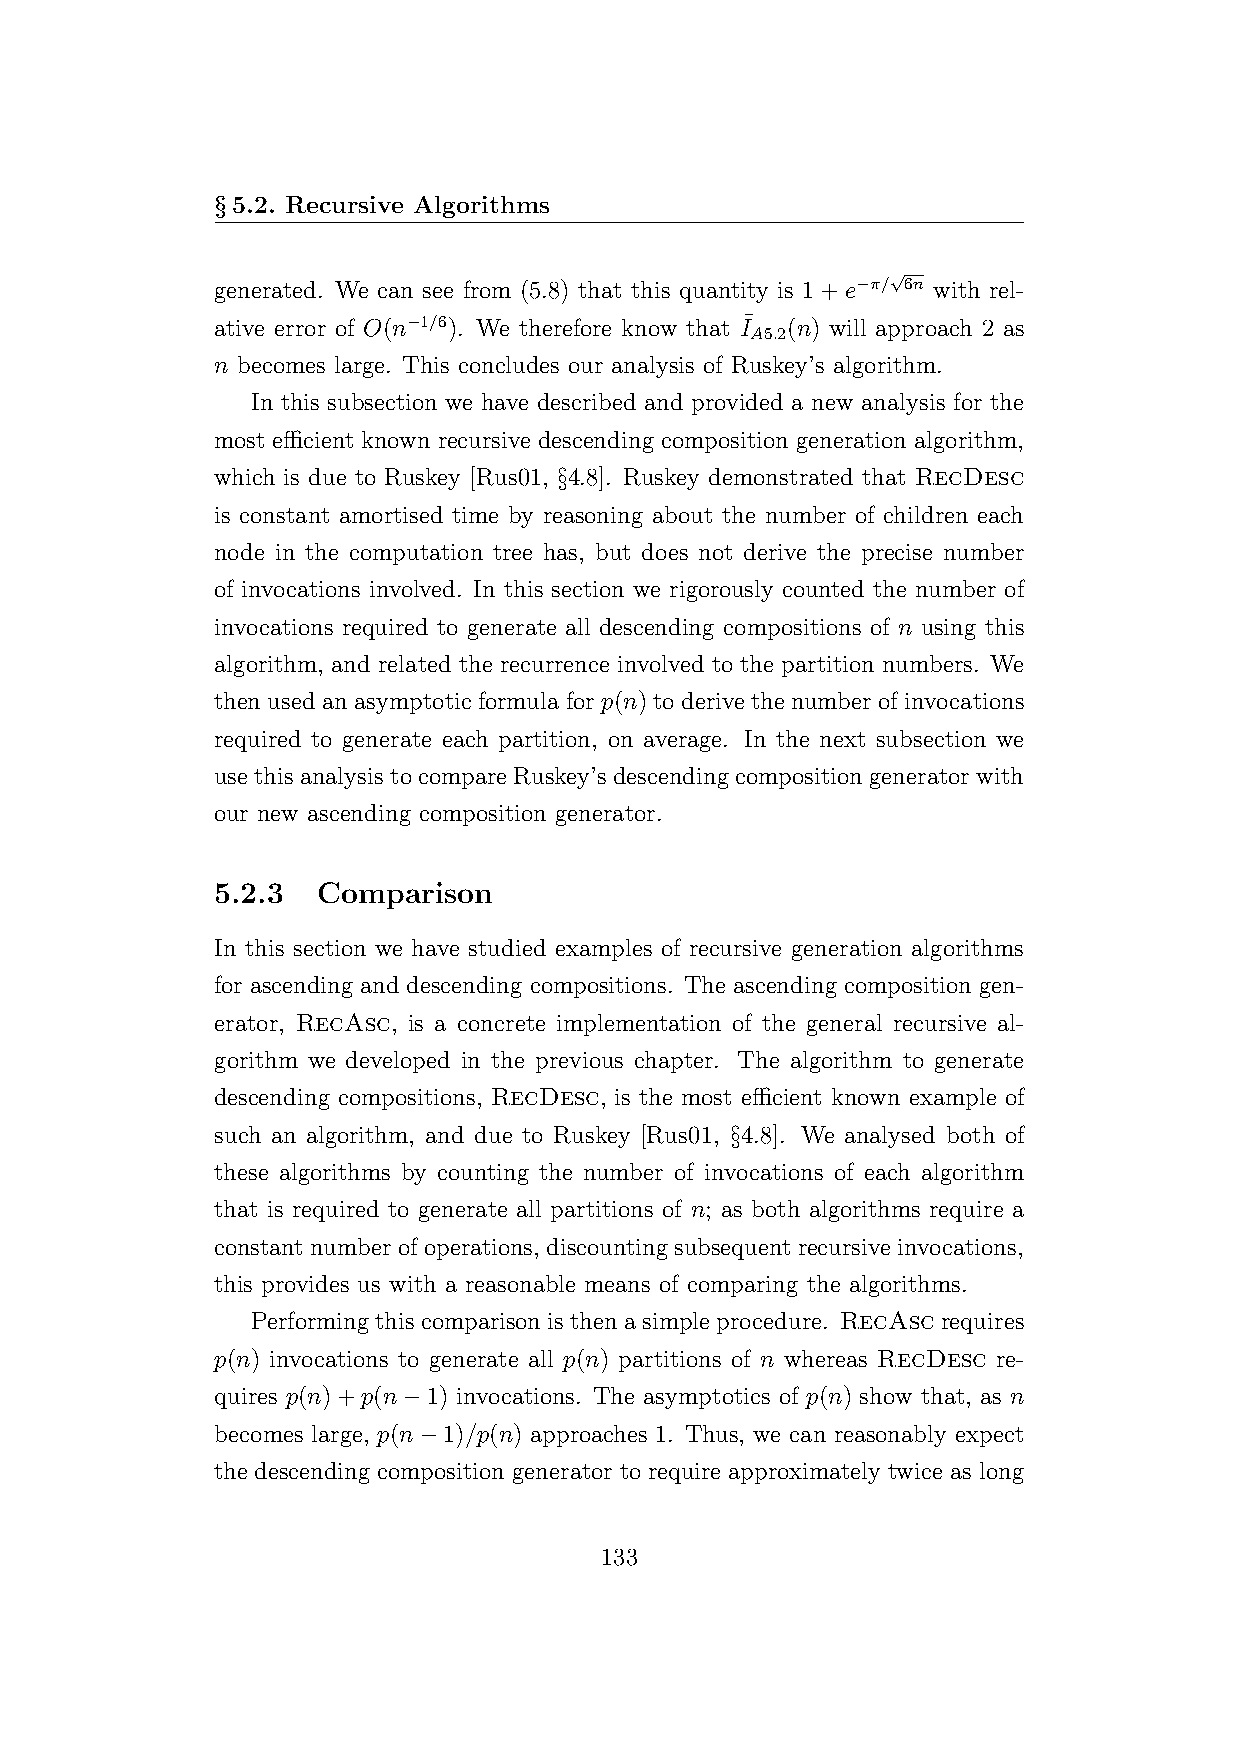
§5.2. Recursive Algorithms
 √
 generated. We can see from (5.8) that this quantity is 1+e−π/ 6n with rel-
 ative error of O(n−1/6). We therefore know that I¯ (n) will approach 2 as
 A5.2
 n becomes large. This concludes our analysis of Ruskey’s algorithm.
 In this subsection we have described and provided a new analysis for the
 most efficient known recursive descending composition generation algorithm,
 which is due to Ruskey [Rus01, §4.8]. Ruskey demonstrated that RecDesc
 is constant amortised time by reasoning about the number of children each
 node in the computation tree has, but does not derive the precise number
 of invocations involved. In this section we rigorously counted the number of
 invocations required to generate all descending compositions of n using this
 algorithm, and related the recurrence involved to the partition numbers. We
 then used an asymptotic formula for p(n) to derive the number of invocations
 required to generate each partition, on average. In the next subsection we
 use this analysis to compare Ruskey’s descending composition generator with
 our new ascending composition generator.
 5.2.3  Comparison
 In this section we have studied examples of recursive generation algorithms
 for ascending and descending compositions. The ascending composition gen-
 erator, RecAsc, is a concrete implementation of the general recursive al-
 gorithm we developed in the previous chapter. The algorithm to generate
 descending compositions, RecDesc, is the most efficient known example of
 such an algorithm, and due to Ruskey [Rus01, §4.8]. We analysed both of
 these algorithms by counting the number of invocations of each algorithm
 that is required to generate all partitions of n; as both algorithms require a
 constantnumberofoperations, discountingsubsequentrecursiveinvocations,
 this provides us with a reasonable means of comparing the algorithms.
 Performing this comparison is then a simple procedure. RecAsc requires
 p(n) invocations to generate all p(n) partitions of n whereas RecDesc re-
 quires p(n)+p(n−1) invocations. The asymptotics of p(n) show that, as n
 becomes large, p(n−1)/p(n) approaches 1. Thus, we can reasonably expect
 the descending composition generator to require approximately twice as long
 133